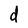
Character: d